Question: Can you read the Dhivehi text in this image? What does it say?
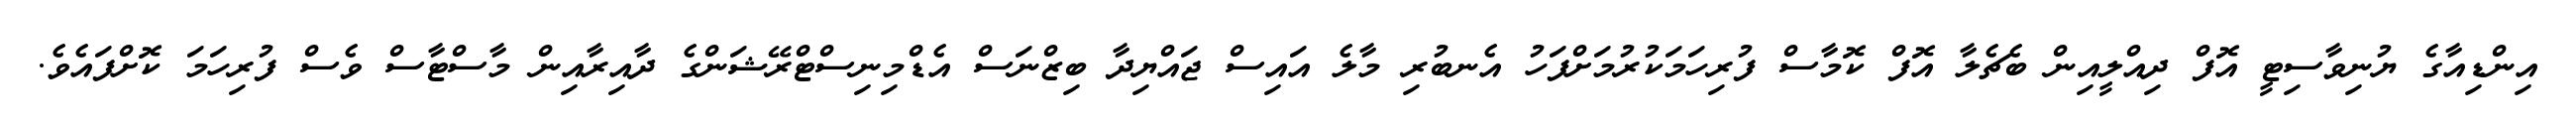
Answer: އިންޑިއާގެ ޔުނިވާސިޓީ އޮފް ދިއްލީއިން ބެޗެލާ އޮފް ކޮމާސް ފުރިހަމަކުރުމަށްފަހު އެނބުރި މާލެ އައިސް ޖައްޔިދާ ބިޒްނަސް އެޑްމިނިސްޓްރޭޝަންގެ ދާއިރާއިން މާސްޓާސް ވެސް ފުރިހަމަ ކޮށްފައެވެ.